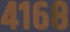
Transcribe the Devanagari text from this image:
४१६८